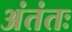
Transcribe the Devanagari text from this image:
अंतंतः